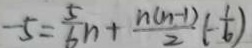
- 5 = \frac { 5 } { 6 } n + \frac { n ( n - 1 ) } { 2 } ( - \frac { 1 } { 6 } )